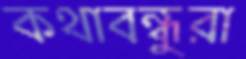
কথাবন্ধুরা